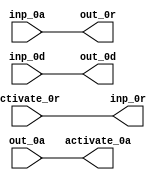
module BrzFetch_1_s5_false (
  activate_0r, activate_0a,
  inp_0r, inp_0a, inp_0d,
  out_0r, out_0a, out_0d
);
  input activate_0r;
  output activate_0a;
  output inp_0r;
  input inp_0a;
  input inp_0d;
  output out_0r;
  input out_0a;
  output out_0d;
  assign activate_0a = out_0a;
  assign out_0r = inp_0a;
  assign inp_0r = activate_0r;
  assign out_0d = inp_0d;
endmodule